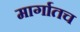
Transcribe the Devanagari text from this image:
मार्गातच